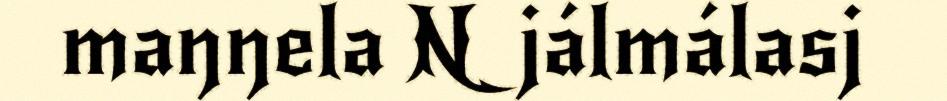
maŋŋela Njálmálasj